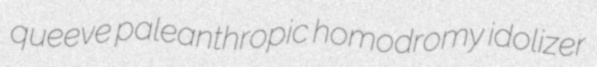
queeve paleanthropic homodromy idolizer